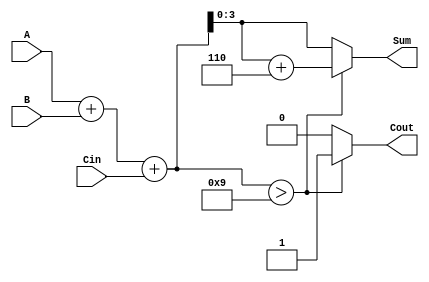
module BCD_Fast_Adder (
    input [3:0] A,        // First BCD digit
    input [3:0] B,        // Second BCD digit
    input Cin,            // Carry input
    output reg [3:0] Sum, // Resulting BCD digit
    output reg Cout       // Carry output
);

    // Intermediate signals
    wire [4:0] Temp_Sum;   // 5-bit to accommodate overflow
    wire correction_needed;  // Flag for correction
    
    // Step 1: Binary Addition
    assign Temp_Sum = A + B + Cin;

    // Step 2: Check if correction is needed
    assign correction_needed = Temp_Sum > 9;

    // Step 3: Output assignment based on correction
    always @(*) begin
        if (correction_needed) begin
            // Apply correction by adding 6 (0110)
            Sum = Temp_Sum + 5'd6;
            Cout = 1'b1;  // Carry out set if correction was applied
        end else begin
            Sum = Temp_Sum[3:0]; // Take lower 4 bits of Temp_Sum
            Cout = 1'b0;           // No carry out
        end
    end
    
endmodule